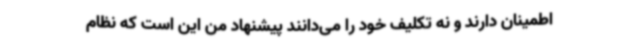
اطمینان دارند و نه تکلیف خود را می‌دانند پیشنهاد من این است که نظام